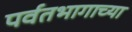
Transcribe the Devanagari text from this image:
पर्वतभागाच्या